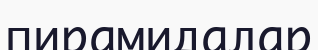
пирамидалар